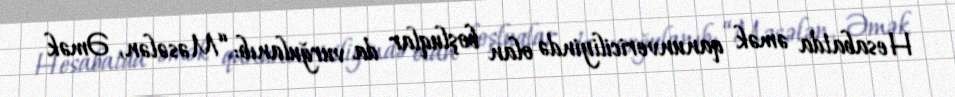
Hesabatda əmək qanunvericiliyində olan boşluqlar da vurğulanıb: “Məsələn, Əmək